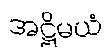
အဋ္ဌိမယံ